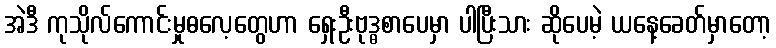
အဲဒီ ကုသိုလ်ကောင်းမှုဓလေ့တွေဟာ ရှေးဦးဗုဒ္ဓစာပေမှာ ပါပြီးသား ဆိုပေမဲ့ ယနေ့ခေတ်မှာတော့